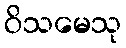
ဝိသမေသု